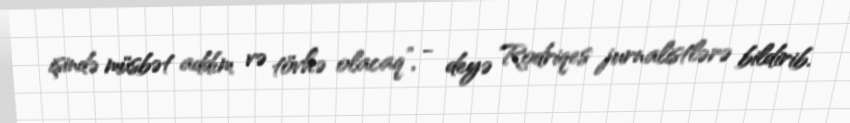
işində müsbət addım və tövhə olacaq”, - deyə Rodriqes jurnalistlərə bildirib.